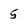
Character: 5